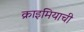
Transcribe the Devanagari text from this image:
क्राइमियाची